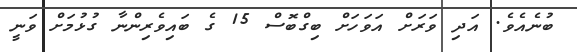
ބުނެއެވެ. އަދި ވަރަށް އަވަހަށް ބިގްބޮސް 15 ގެ ބައިވެރިންނާ ގުޅުމަށް ވަނީ